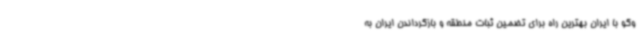
وگو با ایران بهترین راه برای تضمین ثبات منطقه و بازگرداندن ایران به